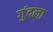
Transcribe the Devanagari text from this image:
गुंदला